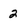
Character: 2